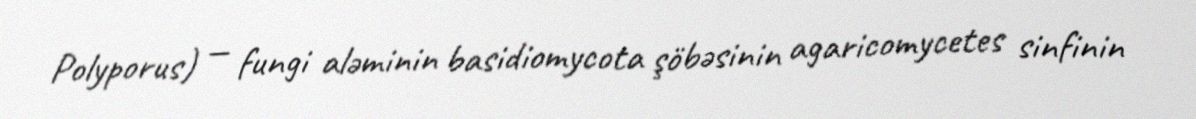
Polyporus) — fungi aləminin basidiomycota şöbəsinin agaricomycetes sinfinin